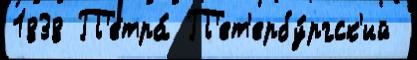
1838 П'етра́ П'ет'ербу́ргск'ий